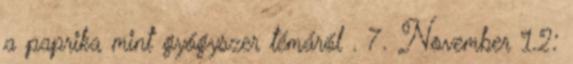
a paprika mint gyógyszer témáról . 7. November 1.2: